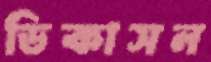
ডিকাসন